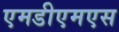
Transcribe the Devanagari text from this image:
एमडीएमएस